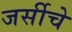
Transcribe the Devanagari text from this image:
जर्सीचे